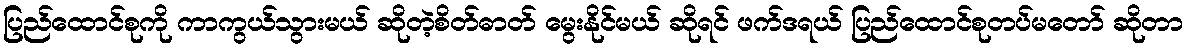
ပြည်ထောင်စုကို ကာကွယ်သွားမယ် ဆိုတဲ့စိတ်ဓာတ် မွေးနိုင်မယ် ဆိုရင် ဖက်ဒရယ် ပြည်ထောင်စုတပ်မတော် ဆိုတာ